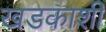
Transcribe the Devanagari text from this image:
खडकाशी